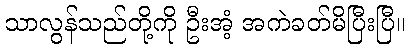
သာလွန်သည်တို့ကို ဦးအံ့ အကဲခတ်မိပြီးပြီ။